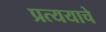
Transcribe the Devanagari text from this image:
प्रत्ययाचे